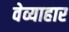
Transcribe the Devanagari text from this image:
वेव्याहार